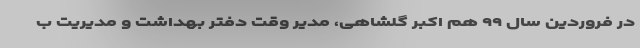
در فروردین سال ۹۹ هم اکبر گلشاهی، مدیر وقت دفتر بهداشت و مدیریت ب